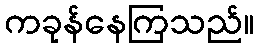
ကခုန်နေကြသည်။